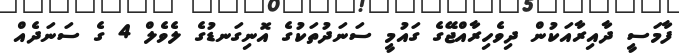
ފާމަސީ ދާއިރާއަކުން ދިވެހިރާއްޖޭގެ ގައުމީ ސަނަދުތަކުގެ އޮނިގަނޑުގެ ލެވެލް 4 ގެ ސަނަދެއް